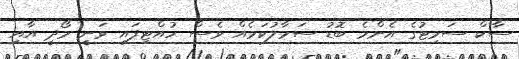
ސާކް ސަމިޓުގެ އެންމެ ބޮޑު ސަމާލުކަމެއް ވެސް ހުއްޓިފައި ވަނީ މޯދީ އާއި